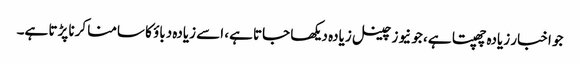
جو اخبار زیادہ چھپتا ہے، جو نیوز چینل زیادہ دیکھا جاتا ہے، اسے زیادہ دباؤ کا سامنا کرنا پڑتا ہے۔